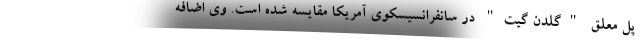
پل معلق "گلدن گیت" در سانفرانسیسکوی آمریکا مقایسه شده است. وی اضافه